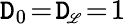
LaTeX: \mathtt{D}_{0}\! =\! \mathtt{D}_{{\scriptscriptstyle\! \mathscr{{L}}}}\! =\! 1